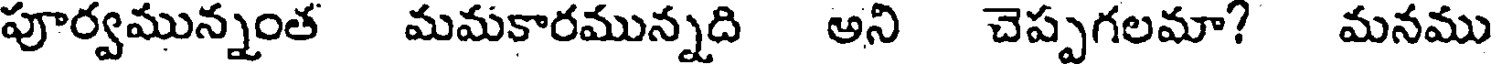
పూర్వమున్నంత మమకారమున్నది అని చెప్పగలమా? మనము